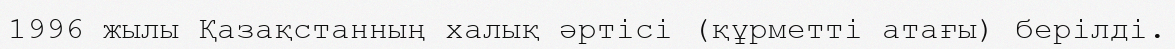
1996 жылы Қазақстанның халық әртісі (құрметті атағы) берілді.